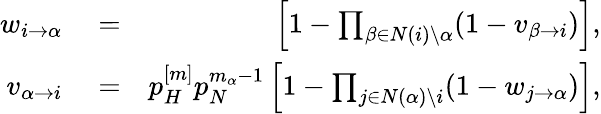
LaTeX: \begin{array}{rlr}{w_{i\rightarrow\alpha}}&{{}=}&{\left[1-\prod_{\beta\in N(i)\setminus\alpha}(1-v_{\beta\rightarrow i})\right],}\\ {v_{\alpha\rightarrow i}}&{{}=}&{p_{H}^{[m]}p_{N}^{m_{\alpha}-1}\left[1-\prod_{j\in N(\alpha)\setminus i}(1-w_{j\rightarrow\alpha})\right],}\end{array}